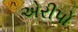
એરીપો